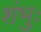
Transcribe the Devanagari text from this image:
शंभुः